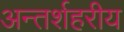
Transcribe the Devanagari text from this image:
अन्तर्शहरीय